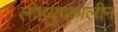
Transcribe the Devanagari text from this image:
लोहयुगकालीन